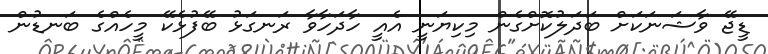
ޑީޖޭ ވާޝަނަކަށް ބަދަލުކޮށްގެން މިކިޔަނީ އެއީ ހާދަހާވާ ރަނގަޅު ބޭފުޅެކޭ މީހެއްގެ ބަނޑުން